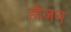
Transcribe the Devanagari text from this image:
होजन